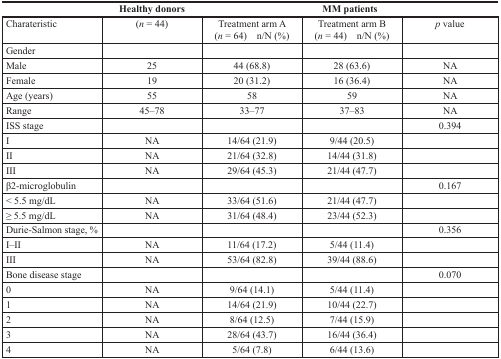
<table><thead><tr><td></td><td><b>Healthy donors</b></td><td></td><td><b>MM patients</b></td><td></td></tr></thead><tbody><tr><td>Charateristic</td><td>(<i>n</i> = 44)</td><td>Treatment arm A (<i>n</i> = 64) n/N (%)</td><td>Treatment arm B (<i>n</i> = 44) n/N (%)</td><td><i>p</i> value</td></tr><tr><td>Gender</td><td></td><td></td><td></td><td></td></tr><tr><td>Male</td><td>25</td><td>44 (68.8)</td><td>28 (63.6)</td><td>NA</td></tr><tr><td>Female</td><td>19</td><td>20 (31.2)</td><td>16 (36.4)</td><td>NA</td></tr><tr><td>Age (years)</td><td>55</td><td>58</td><td>59</td><td>NA</td></tr><tr><td>Range</td><td>45–78</td><td>33–77</td><td>37–83</td><td>NA</td></tr><tr><td>ISS stage</td><td></td><td></td><td></td><td>0.394</td></tr><tr><td>I</td><td>NA</td><td>14/64 (21.9)</td><td>9/44 (20.5)</td><td></td></tr><tr><td>II</td><td>NA</td><td>21/64 (32.8)</td><td>14/44 (31.8)</td><td></td></tr><tr><td>III</td><td>NA</td><td>29/64 (45.3)</td><td>21/44 (47.7)</td><td></td></tr><tr><td>β2-microglobulin</td><td></td><td></td><td></td><td>0.167</td></tr><tr><td>&lt; 5.5 mg/dL</td><td>NA</td><td>33/64 (51.6)</td><td>21/44 (47.7)</td><td></td></tr><tr><td>≥ 5.5 mg/dL</td><td>NA</td><td>31/64 (48.4)</td><td>23/44 (52.3)</td><td></td></tr><tr><td>Durie-Salmon stage, %</td><td></td><td></td><td></td><td>0.356</td></tr><tr><td>I–II</td><td>NA</td><td>11/64 (17.2)</td><td>5/44 (11.4)</td><td></td></tr><tr><td>III</td><td>NA</td><td>53/64 (82.8)</td><td>39/44 (88.6)</td><td></td></tr><tr><td>Bone disease stage</td><td></td><td></td><td></td><td>0.070</td></tr><tr><td>0</td><td>NA</td><td>9/64 (14.1)</td><td>5/44 (11.4)</td><td></td></tr><tr><td>1</td><td>NA</td><td>14/64 (21.9)</td><td>10/44 (22.7)</td><td></td></tr><tr><td>2</td><td>NA</td><td>8/64 (12.5)</td><td>7/44 (15.9)</td><td></td></tr><tr><td>3</td><td>NA</td><td>28/64 (43.7)</td><td>16/44 (36.4)</td><td></td></tr><tr><td>4</td><td>NA</td><td>5/64 (7.8)</td><td>6/44 (13.6)</td><td></td></tr></tbody></table>